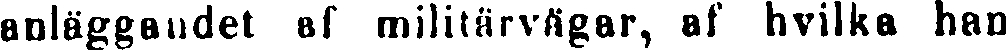
anläggandet af militärvägar, af hvilka han